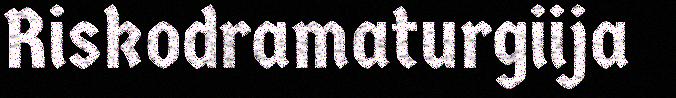
Riskodramaturgiija